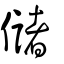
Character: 儲